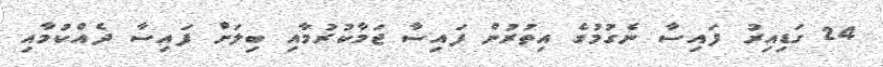
24 ގަޑިއިރު ފައިސާ ނެގުމުގެ އިތުރުން ފައިސާ ޖަމާކުރުމާއި ބިލަށް ފައިސާ ދެއްކުމާއި